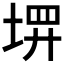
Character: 𪣰